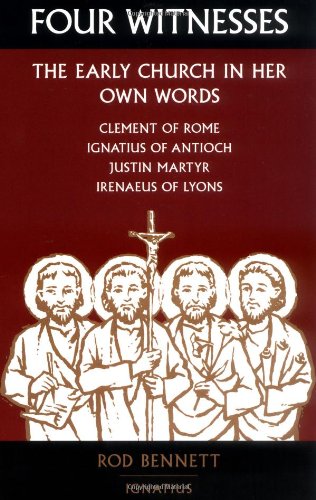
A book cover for Four Witnesses: The Early Church in Her Own Words; Rod Bennett; Christian Books & Bibles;